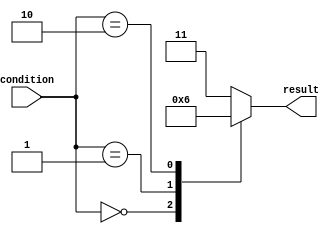
module case_statement_example(input [3:0] condition,
                              output reg [1:0] result);

   always @(*) begin
      case(condition)
         4'b0000: result = 2'b00;
         4'b0001: result = 2'b01;
         4'b0010: result = 2'b10;
         default: result = 2'b11;
      endcase
   end
endmodule